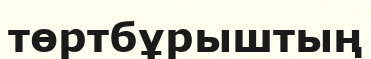
төртбұрыштың